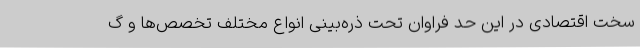
سخت اقتصادی در این حد فراوان تحت ذره‌بینی انواع مختلف تخصص‌ها و گ